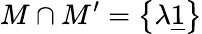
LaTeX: M\cap M^{\prime}=\left\{ \lambda\underline{{{1}}}\right\}